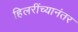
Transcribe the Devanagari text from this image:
हिलरींच्यानंतर